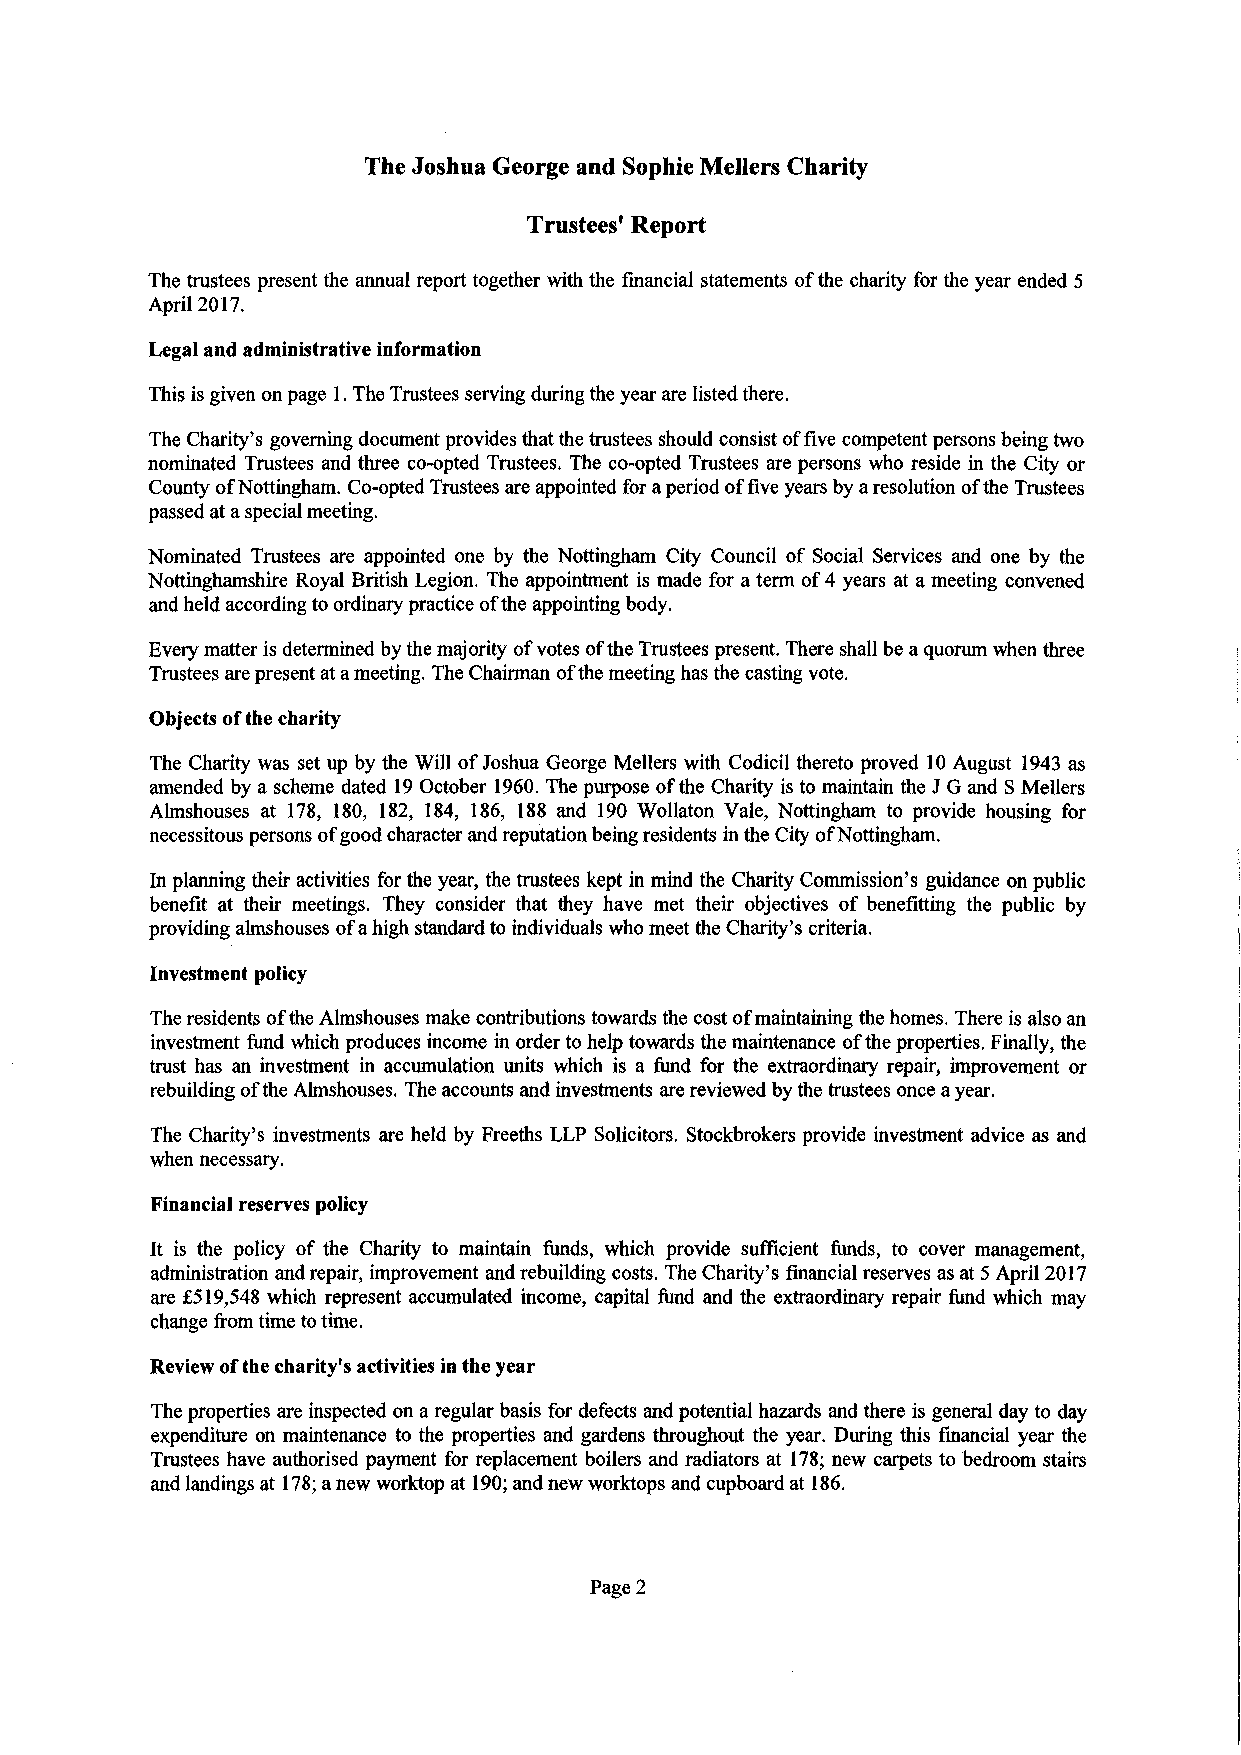
The Joshua George and Sophie Mellers Charity
 Trustees' Report
 The trustees present the annual report together with the financial statements ofthe charity for the year ended 5
 April2017.
 Legal and administrative information
 This isgiven onpage 1. TheTrustees serving duringtheyearare listedthere.
 The Charity's governingdocumentprovidesthatthetrustees should consist offive competentpersonsbeingtwo
 nominated Trustees and three co-opted Trustees. The co-opted Trustees are persons who reside in the City or
 CountyofNottingham. Co-optedTrustees areappointedforaperiodoffive yearsbyaresolutionofthe Trustees
 passedataspecialmeeting.
 Nominated Trustees are appointed one by the Nottingham City Council of Social Services and one by the
 Nottinghamshire Royal British Legion. The appointment is made for a tenn of4 years at a meeting convened
 andheldaccordingtoordinarypracticeofthe appointingbody.
 Everymatteris detennined bythemajority ofvotes oftheTrusteespresent. There shallbe aquorumwhen three
 Trustees arepresentatameeting. TheChainnan ofthemeetinghasthe castingvote.
 Objects ofthecharity
 The Charity was set up by the Will ofJoshua George Mellers with Codicil thereto proved 10 August 1943 as
 amended by a scheme dated 19 October 1960. The purpose ofthe Charity is to maintain the JG and S Mellers
 Almshouses at 178, 180, 182, 184, 186, 188 and 190 Wollaton Vale, Nottingham to provide housing for
 necessitouspersonsofgoodcharacterandreputationbeingresidents inthe CityofNottingham.
 In planning their activities forthe year, the trustees kept in mind the Charity Commission's guidance onpublic
 benefit at their meetings. They consider that they have met their objectives of benefitting the public by
 providingalmshouses ofahigh standardto individuals whomeetthe Charity's criteria.
 Investment policy
 Theresidents oftheAlmshouses make contributionstowards the costofmaintaining thehomes. There is alsoan
 investment fund which produces income in ordertohelp towards themaintenance oftheproperties. Finally, the
 trust has an investment in accumulation units which is a fund for the extraordinary repair, improvement or
 rebuildingoftheAlmshouses. Theaccounts andinvestments arereviewed bythe trustees onceayear.
 The Charity's investments are held by Freeths LLP Solicitors. Stockbrokers provide investment advice as and
 whennecessary.
 Financial reserves policy
 It is the policy of the Charity to maintain funds, which provide sufficient funds, to cover management,
 administration andrepair, improvement andrebuilding costs. TheCharity's financialreserves as at 5 April 2017
 are £519,548 which represent accumulated income, capital fund and the extraordinary repair fund which may
 change fromtimetotime.
 Reviewofthecharity's activities intheyear
 Theproperties are inspected on aregularbasis for defects andpotential hazards and there is general dayto day
 expenditure on maintenance to the properties and gardens throughout the year. During this financial year the
 Trustees have authorised payment for replacement boilers and radiators at 178; new carpets to bedroom stairs
 andlandings at 178; anewworktop at 190; andnewworktops andcupboardat 186.
 Page2